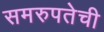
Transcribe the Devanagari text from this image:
समरुपतेची